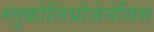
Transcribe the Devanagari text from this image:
ग्लुकोलियोजेनेसिस